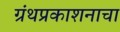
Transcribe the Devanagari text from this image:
ग्रंथप्रकाशनाचा